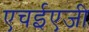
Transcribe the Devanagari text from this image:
एचईएजी